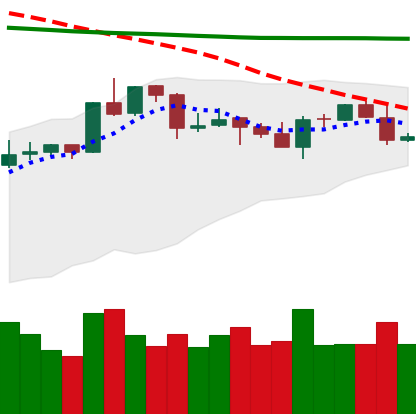
Ticker: XRP-USD
Chart end date: 2020-04-21
Forward return: 6.769%
Label: up_5_7